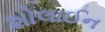
શોલાઈન